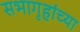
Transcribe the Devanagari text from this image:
सभागृहांच्या